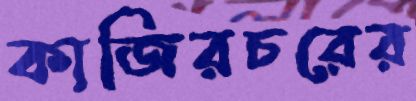
কাজিরচরের